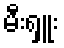
မီးရှူး